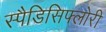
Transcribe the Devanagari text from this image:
स्पैडिसिफ्लोरी